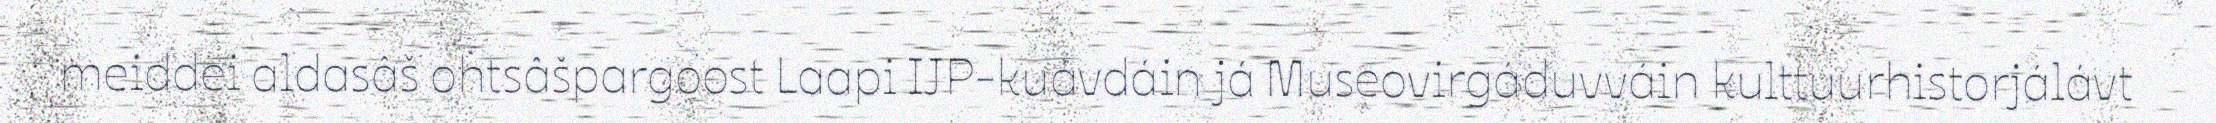
meiddei aldasâš ohtsâšpargoost Laapi IJP-kuávdáin já Museovirgáduvváin kulttuurhistorjálávt